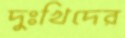
দুঃখিদের